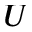
U